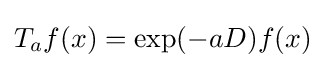
T_{a}f(x)=\exp(-aD)f(x)